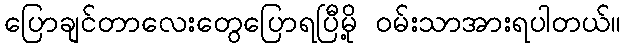
ပြောချင်တာလေးတွေပြောရပြီမို့ ဝမ်းသာအားရပါတယ်။